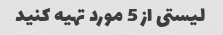
لیستی از 5 مورد تهیه کنید